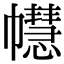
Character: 𢅫